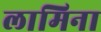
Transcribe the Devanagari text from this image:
लामिना